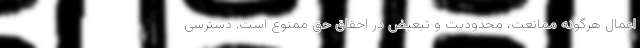
اعمال هرگونه ممانعت، محدودیت و تبعیض در احقاق حق ممنوع است. دسترسی